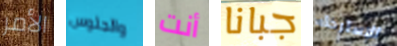
الأمر والجلوس أنت جبانا للإسترخاء